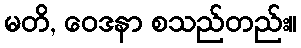
မတိ, ဝေဒနာ စသည်တည်း။